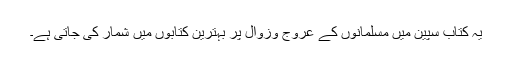
یہ کتاب سپین میں مسلمانوں کے عروج وزوال پر بہترین کتابوں میں شمار کی جاتی ہے۔